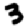
Digit: 3